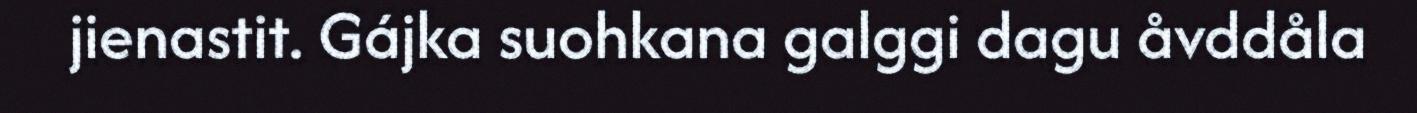
jienastit. Gájka suohkana galggi dagu åvddåla